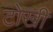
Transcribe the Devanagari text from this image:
टोखी